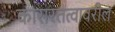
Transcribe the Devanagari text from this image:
कारारतत्वावरील